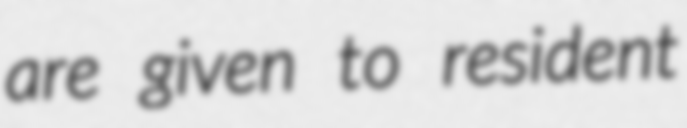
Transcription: are given to resident